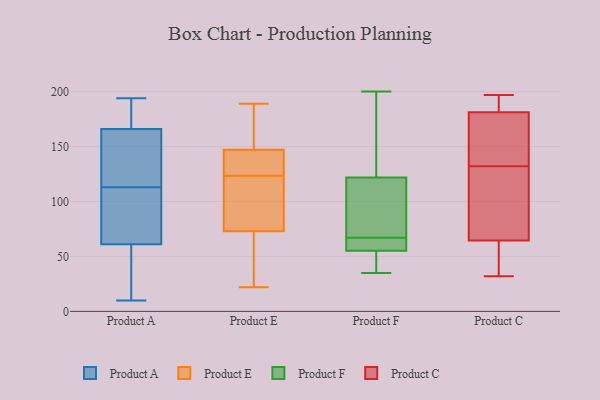
{"axis": {"x": "Temperature (°C)", "y": "Value"}, "legend": ["Product A", "Product C", "Product E", "Product F"], "data": [{"x": "", "y": 166, "type": "Product A"}, {"x": "", "y": 61, "type": "Product A"}, {"x": "", "y": 115, "type": "Product A"}, {"x": "", "y": 156, "type": "Product A"}, {"x": "", "y": 72, "type": "Product A"}, {"x": "", "y": 194, "type": "Product A"}, {"x": "", "y": 44, "type": "Product A"}, {"x": "", "y": 68, "type": "Product A"}, {"x": "", "y": 133, "type": "Product A"}, {"x": "", "y": 10, "type": "Product A"}, {"x": "", "y": 111, "type": "Product A"}, {"x": "", "y": 41, "type": "Product A"}, {"x": "", "y": 179, "type": "Product A"}, {"x": "", "y": 171, "type": "Product A"}, {"x": "", "y": 22, "type": "Product E"}, {"x": "", "y": 189, "type": "Product E"}, {"x": "", "y": 149, "type": "Product E"}, {"x": "", "y": 94, "type": "Product E"}, {"x": "", "y": 147, "type": "Product E"}, {"x": "", "y": 128, "type": "Product E"}, {"x": "", "y": 129, "type": "Product E"}, {"x": "", "y": 73, "type": "Product E"}, {"x": "", "y": 119, "type": "Product E"}, {"x": "", "y": 58, "type": "Product E"}, {"x": "", "y": 64, "type": "Product F"}, {"x": "", "y": 116, "type": "Product F"}, {"x": "", "y": 200, "type": "Product F"}, {"x": "", "y": 200, "type": "Product F"}, {"x": "", "y": 51, "type": "Product F"}, {"x": "", "y": 35, "type": "Product F"}, {"x": "", "y": 56, "type": "Product F"}, {"x": "", "y": 75, "type": "Product F"}, {"x": "", "y": 139, "type": "Product F"}, {"x": "", "y": 59, "type": "Product F"}, {"x": "", "y": 83, "type": "Product F"}, {"x": "", "y": 79, "type": "Product F"}, {"x": "", "y": 160, "type": "Product F"}, {"x": "", "y": 53, "type": "Product F"}, {"x": "", "y": 67, "type": "Product F"}, {"x": "", "y": 46, "type": "Product F"}, {"x": "", "y": 66, "type": "Product F"}, {"x": "", "y": 132, "type": "Product C"}, {"x": "", "y": 155, "type": "Product C"}, {"x": "", "y": 181, "type": "Product C"}, {"x": "", "y": 161, "type": "Product C"}, {"x": "", "y": 52, "type": "Product C"}, {"x": "", "y": 54, "type": "Product C"}, {"x": "", "y": 146, "type": "Product C"}, {"x": "", "y": 32, "type": "Product C"}, {"x": "", "y": 68, "type": "Product C"}, {"x": "", "y": 197, "type": "Product C"}, {"x": "", "y": 195, "type": "Product C"}, {"x": "", "y": 101, "type": "Product C"}, {"x": "", "y": 80, "type": "Product C"}, {"x": "", "y": 182, "type": "Product C"}, {"x": "", "y": 38, "type": "Product C"}, {"x": "", "y": 88, "type": "Product C"}, {"x": "", "y": 189, "type": "Product C"}]}